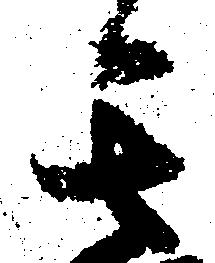
其